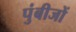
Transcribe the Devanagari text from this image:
पुंबीजों